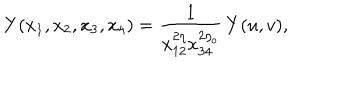
LaTeX: Y ( x _ { 1 } , x _ { 2 } , x _ { 3 } , x _ { 4 } ) = \frac { 1 } { x _ { 1 2 } ^ { 2 \eta } x _ { 3 4 } ^ { 2 \eta _ { o } } } \, Y ( u , v ) ,